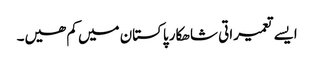
ایسے تعمیراتی شاھکار پاکستان میں کم ھیں۔